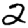
Digit: 2